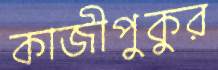
কাজীপুকুর